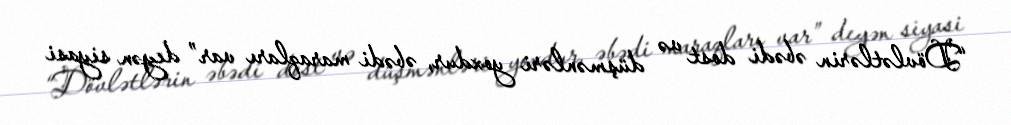
“Dövlətlərin əbədi dost və düşmənləri yoxdur, əbədi maraqları var” deyən siyasi